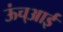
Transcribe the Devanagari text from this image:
ऊंच्आई